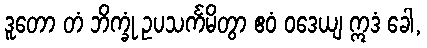
ဒူတော တံ ဘိက္ခုံ ဥပသင်္ကမိတွာ ဧဝံ ဝဒေယျ ဣဒံ ခေါ,